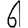
Digit: 6